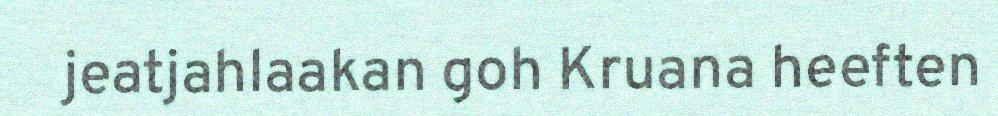
jeatjahlaakan goh Kruana heeften